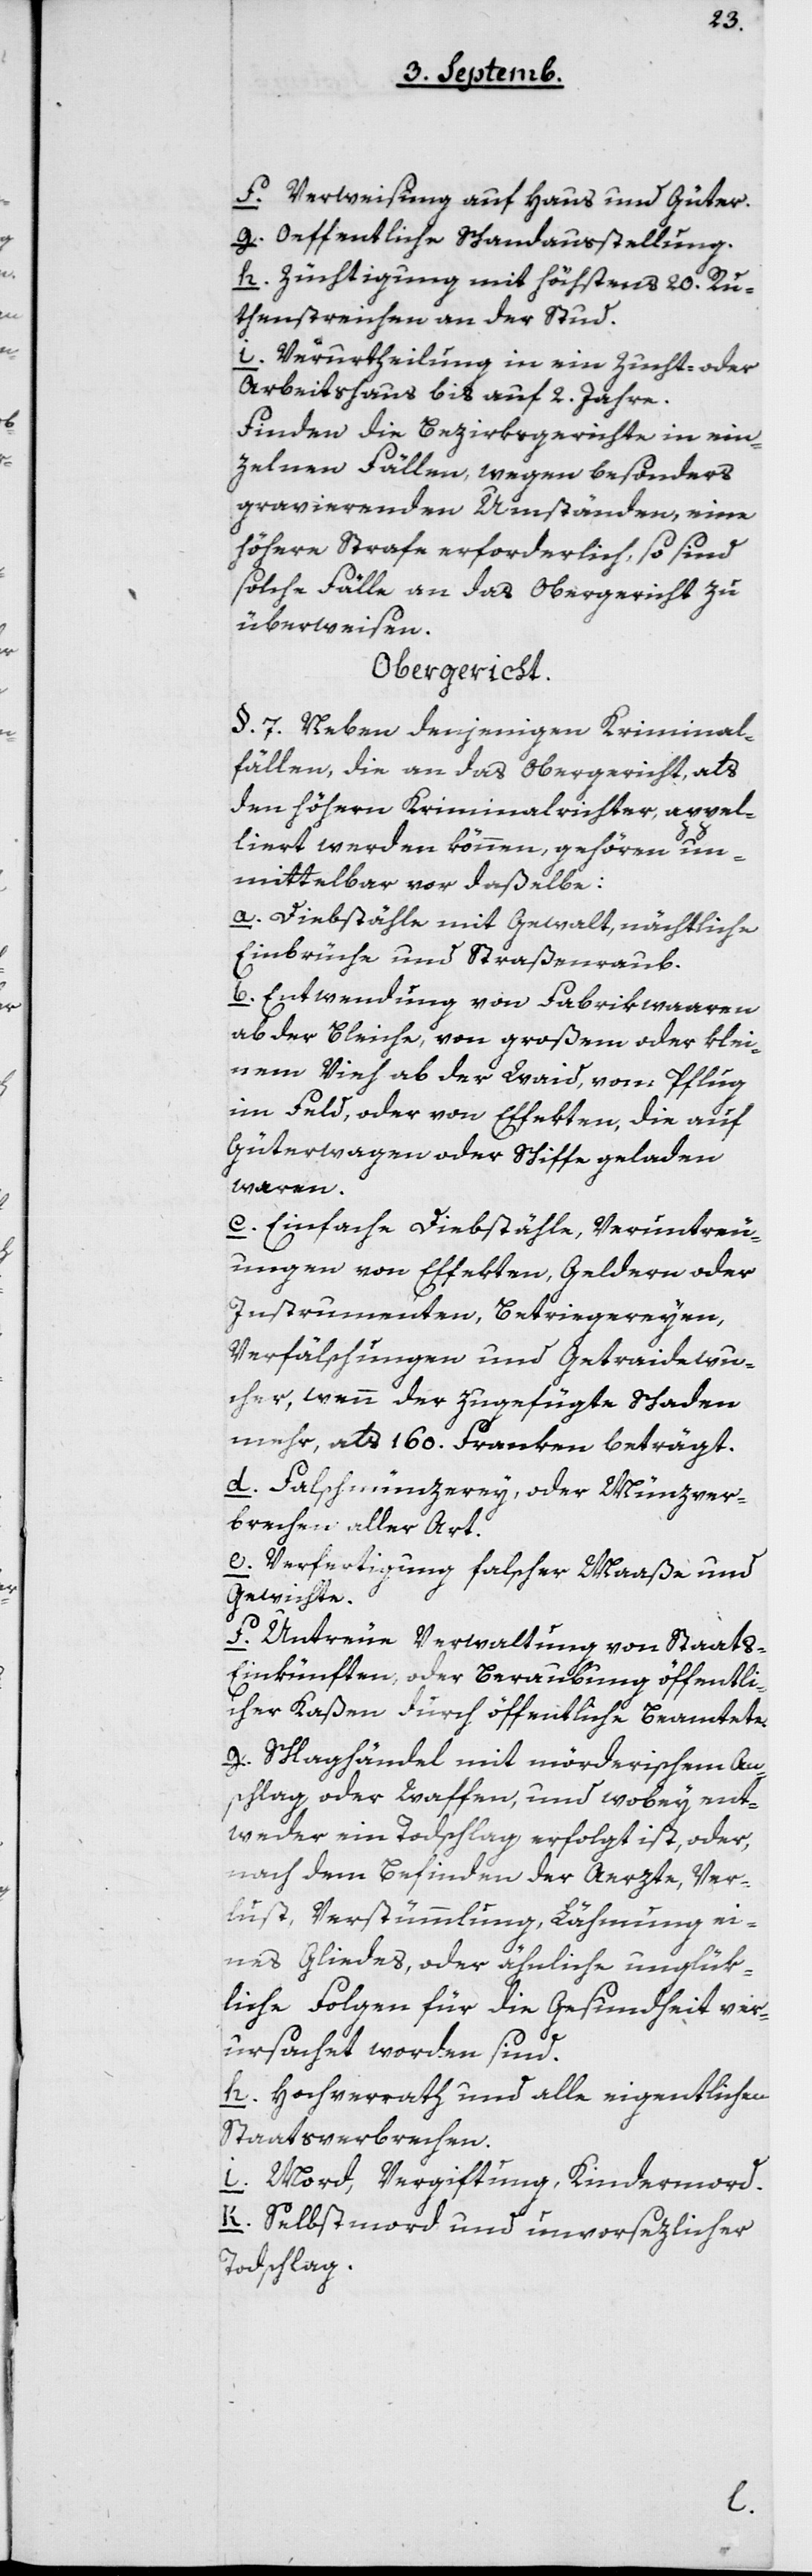
f. Verweisung auf Haus und Güter.
g. Öffentliche Schandausstellung.
h. Züchtigung mit höchstens 20 Ru¬
tenstreichen an der Stud.
i. Verurtheilung in ein Zucht- oder
Arbeitshaus bis auf 2 Jahre.
Finden die Bezirksgerichte in ein¬
zelnen Fällen wegen besonders
gravierenden Umständen, eine
höhere Strafe erforderlich, so sind
solche Fälle an das Obergericht zu
überweisen.
Obergericht.
§ 7. Neben denjenigen Kriminal¬
fällen, die an das Obergericht, als
den höhern Kriminalrichter, appel¬
liert werden können, gehören un¬
mittelbar vor daßelbe:
a. Diebstähle mit Gewalt, nächtliche
Einbrüche und Straßenraub.
Entwendung von Fabrikwaaren
ab der Bleiche, von großem oder klei¬
nem Vieh ab der Waid, vom Pflug
im Feld, oder von Effekten, die auf
Güterwagen oder Schiffe geladen
waren.
c. Einfache Diebstähle, Veruntreu¬
ungen von Effekten, Geldern oder
Instrumenten, Betriegereyen,
Verfälschungen und Getraidewu¬
cher, wenn der zugefügte Schaden
mehr als 160 Franken beträgt.
d. Falschmünzerey oder Münzver¬
brechen aller Art.
e. Verfertigung falscher Maaße und
Gewichte.
f. Untreue Verwaltung von Staats-E¬
inkünften oder Beraubung öffentli¬
cher Kaßen durch öffentliche Beamtete.
g. Schlaghändel mit mörderischem An¬
schlag oder Waffen, und wobey ent¬
weder ein Todschlag erfolgt ist, oder,
nach dem Befinden der Aerzte, Ver¬
lust, Verstümmlung, Lähmung ei¬
nes Gliedes oder ähnliche unglük¬
liche Folgen für die Gesundheit ver¬
ursacht worden sind.
h. Hochverrat und alle eigentlichen
Staatsverbrechen.
i. Mord, Vergiftung, Kindermord.
k. Selbstmord und unvorsezlicher
Todschlag.
b.